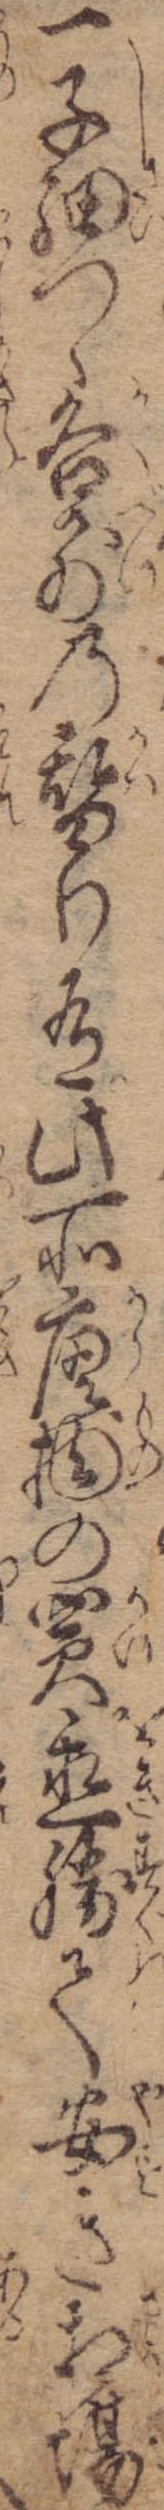
一子細つゝ各別の替り有此所唐物の買置勝て安き相場